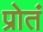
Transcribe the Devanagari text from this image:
प्रोतं